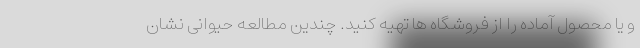
و یا محصول آماده را از فروشگاه ها تهیه کنید. چندین مطالعه حیوانی نشان